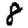
Digit: 8